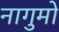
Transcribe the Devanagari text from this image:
नागुमो